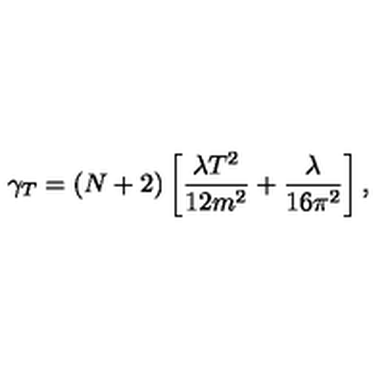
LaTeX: \gamma _ { T } = ( N + 2 ) \left[ \frac { \lambda T ^ { 2 } } { 1 2 m ^ { 2 } } + \frac { \lambda } { 1 6 \pi ^ { 2 } } \right] ,